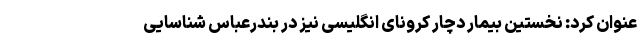
عنوان کرد: نخستین بیمار دچار کرونای انگلیسی نیز در بندرعباس شناسایی